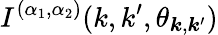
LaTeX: I^{(\alpha_{1},\alpha_{2})}(k,k^{\prime},\theta_{\boldsymbol{k},\boldsymbol{k}^{\prime}})